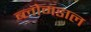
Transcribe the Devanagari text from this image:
ब्लोमडाल